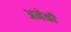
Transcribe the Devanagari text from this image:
अनेकौं